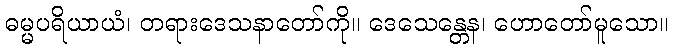
ဓမ္မပရိယာယံ၊ တရားဒေသနာတော်ကို။ ဒေသေန္တေန၊ ဟောတော်မူသော။